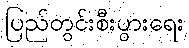
ပြည်တွင်းစီးပွားရေး